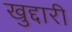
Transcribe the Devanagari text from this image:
खुद्दारी